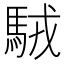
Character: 駥